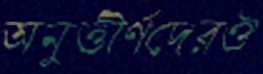
অনুত্তীর্ণদেরঔ